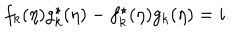
LaTeX: f _ { k } ( \eta ) g _ { k } ^ { \star } ( \eta ) - f _ { k } ^ { \star } ( \eta ) g _ { k } ( \eta ) = i .